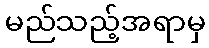
မည်သည့်အရာမှ